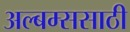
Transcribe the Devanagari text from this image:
अल्बम्ससाठी